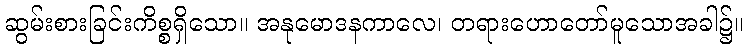
ဆွမ်းစားခြင်းကိစ္စရှိသော။ အနုမောဒနကာလေ၊ တရားဟောတော်မူသောအခါ၌။